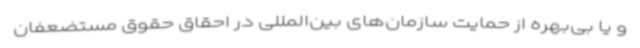
و یا بی‌بهره از حمایت سازمان‌های بین‌المللی در احقاق حقوق مستضعفان